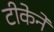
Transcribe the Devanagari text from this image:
टीकेने